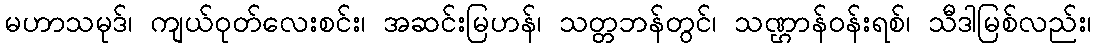
မဟာသမုဒ်၊ ကျယ်ဝုတ်လေးစင်း၊ အဆင်းမြဟန်၊ သတ္တဘန်တွင်၊ သဏ္ဌာန်ဝန်းရစ်၊ သီဒါမြစ်လည်း၊